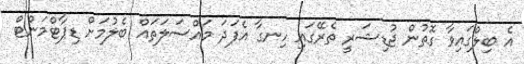
އެ ބިލްގައިވާ ގޮތުން ޖުޑިޝަރީ ތެރޭގައި ހިނގާ އެފަދަ މައްސަލަތައް ބެލުމަށް ޑިޕާޓްމަންޓް